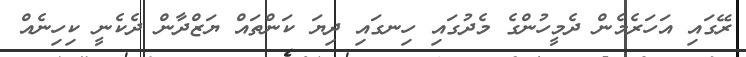
ރޭގައި އަހަރެމެން ދެމީހުންގެ މެދުގައި ހިނގައި ދިޔަ ކަންތައް ޔަޒްދާން ދެކެނީ ކިހިނެއް